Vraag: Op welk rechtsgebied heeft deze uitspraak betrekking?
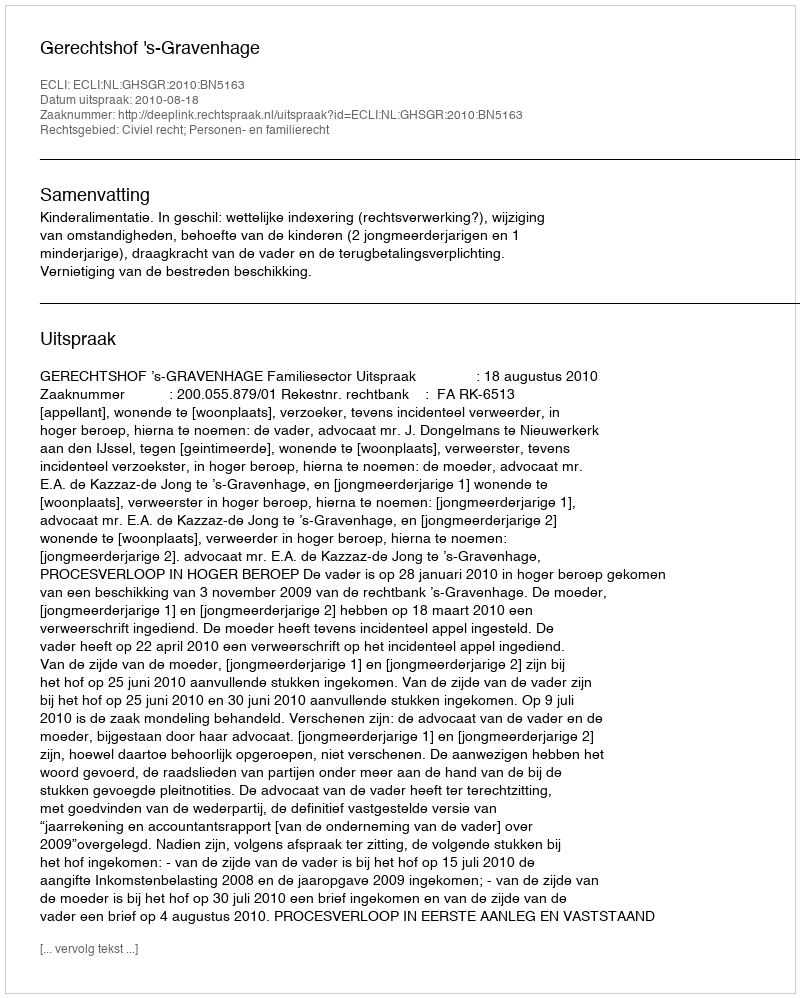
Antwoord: Civiel recht; Personen- en familierecht